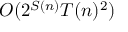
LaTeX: O ( 2 ^ { S ( n ) } T ( n ) ^ { 2 } )